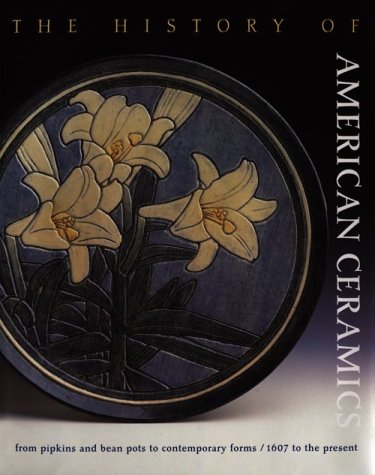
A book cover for The History of American Ceramics: From Pipkins and Bean Pots to Contemporary Forms, 1607 to the present; Elaine Levin; Crafts, Hobbies & Home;